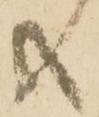
共